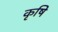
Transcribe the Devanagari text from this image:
कृषि